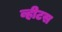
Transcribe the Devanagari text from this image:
व्हीटस